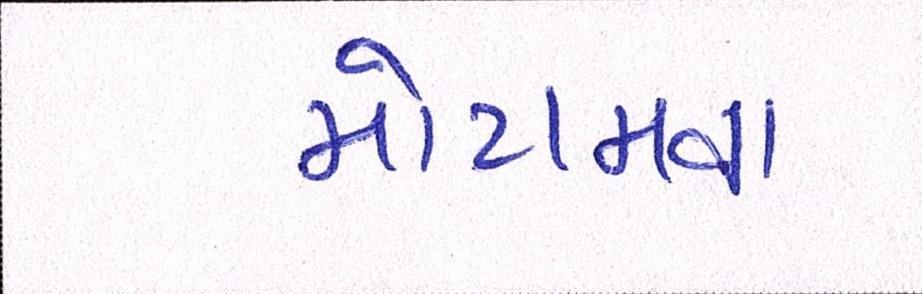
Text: મોટામવા